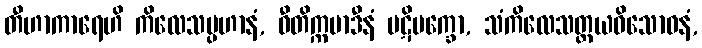
တီဟာကာရေဟိ ကိလေသပ္ပဟာနံ, ဝီတိက္ကမာဒီနံ ပဋိပက္ခော, သံကိလေသတ္တယဝိသောဓနံ,